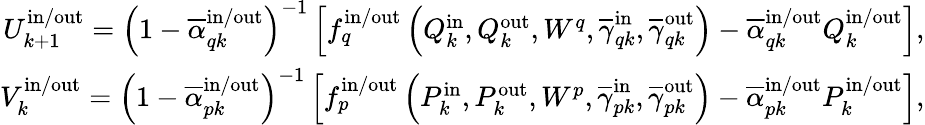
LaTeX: \begin{array}{r}{U_{k+1}^{\mathrm{in}/\mathrm{out}}=\left(1-\overline{{\alpha}}_{qk}^{\mathrm{in}/\mathrm{out}}\right)^{-1}\left[f_{q}^{\mathrm{in}/\mathrm{out}}\left(Q_{k}^{\mathrm{in}},Q_{k}^{\mathrm{out}},W^{q},\overline{{\gamma}}_{qk}^{\mathrm{in}},\overline{{\gamma}}_{qk}^{\mathrm{out}}\right)-\overline{{\alpha}}_{qk}^{\mathrm{in}/\mathrm{out}}Q_{k}^{\mathrm{in}/\mathrm{out}}\right],}\\ {V_{k}^{\mathrm{in}/\mathrm{out}}=\left(1-\overline{{\alpha}}_{pk}^{\mathrm{in}/\mathrm{out}}\right)^{-1}\left[f_{p}^{\mathrm{in}/\mathrm{out}}\left(P_{k}^{\mathrm{in}},P_{k}^{\mathrm{out}},W^{p},\overline{{\gamma}}_{pk}^{\mathrm{in}},\overline{{\gamma}}_{pk}^{\mathrm{out}}\right)-\overline{{\alpha}}_{pk}^{\mathrm{in}/\mathrm{out}}P_{k}^{\mathrm{in}/\mathrm{out}}\right],}\end{array}